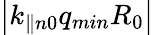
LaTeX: \left|k_{\parallel n0}q_{min}R_{0}\right|